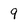
Character: 9